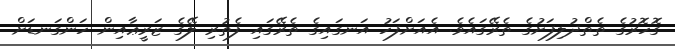
ގޮހޮރުގެ ތެތްދުލިފަށުގެ ތެރޭގައެވެ. އެއަަށްފަހު އަނގައިގެ ތެރޭގައި ފެތުރި ލޭގެ ޒަރީޢާއިން ހަންގަނޑަށް